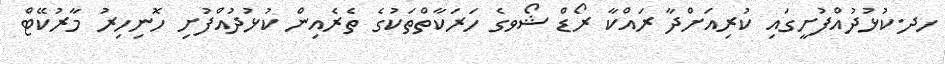
ހދ.ކުޅުދުއްފުށީގައި ކުރިއަށްދާ ރައްކާ ރޯޑް ޝޯވގެ ހަރަކާތްތަކުގެ ތެރެއިން ކުޅުދުއްފުށި ހޮނިހިރު މާރުކޭޓް